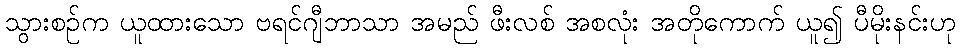
သွားစဉ်က ယူထားသော ဗရင်ဂျီဘာသာ အမည် ဖီးလစ် အစလုံး အတိုကောက် ယူ၍ ပီမိုးနင်းဟု